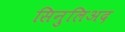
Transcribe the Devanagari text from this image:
सिनुलिअद